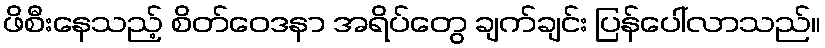
ဖိစီးနေသည့် စိတ်ဝေဒနာ အရိပ်တွေ ချက်ချင်း ပြန်ပေါ်လာသည်။